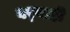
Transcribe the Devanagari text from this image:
बर्‍याही